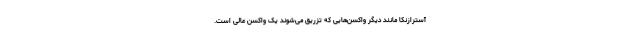
آسترازنکا مانند دیگر واکسن‌هایی که تزریق می‌شوند یک واکسن عالی است.